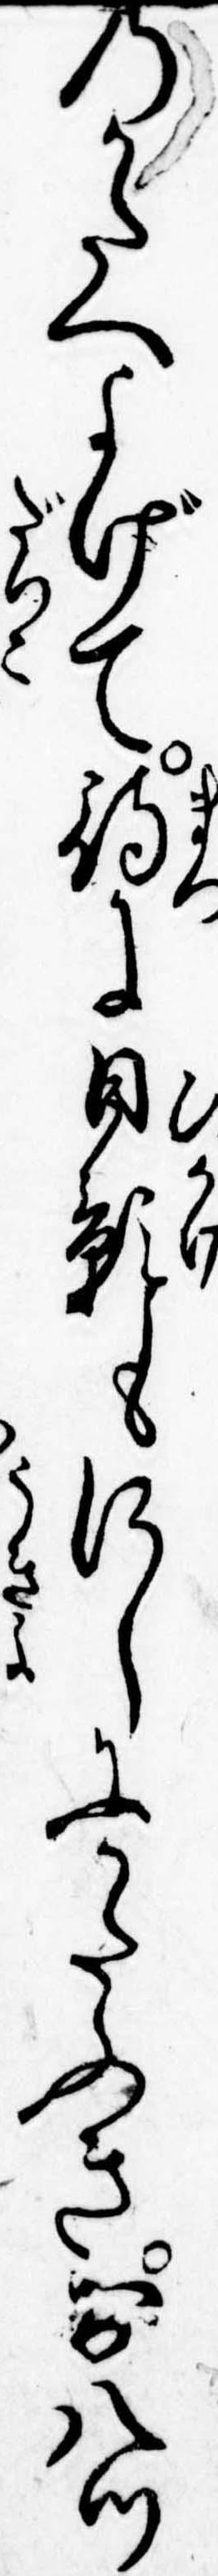
のかたへよげて待に日影もにしにかたふき八ツ